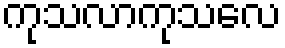
ကုသလာကုသလေ